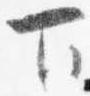
下